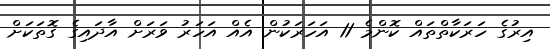
އިރުގެ ހަރަކާތްތައް ކޮންމެ 11 އަހަރަކުން އެއް އަހަރު ވަރަށް އާދައިގެ ގޮތަކަށް